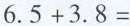
$$6 . 5 + 3 . 8 =$$